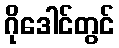
ဂိုဒေါင်တွင်